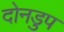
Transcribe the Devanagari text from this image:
दोनडुप